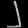
Digit: ၂